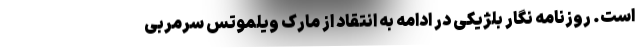
است. روزنامه نگار بلژیکی در ادامه به انتقاد از مارک ویلموتس سرمربی